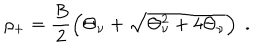
\rho _ { + } = \frac { B } { 2 } \left( \Theta _ { \nu } + \sqrt { \Theta _ { \nu } ^ { 2 } + 4 \Theta _ { \nu } } \right) \; .